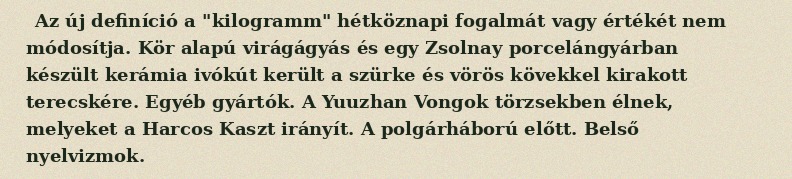
Az új definíció a "kilogramm" hétköznapi fogalmát vagy értékét nem módosítja. Kör alapú virágágyás és egy Zsolnay porcelángyárban készült kerámia ivókút került a szürke és vörös kövekkel kirakott terecskére. Egyéb gyártók. A Yuuzhan Vongok törzsekben élnek, melyeket a Harcos Kaszt irányít. A polgárháború előtt. Belső nyelvizmok.